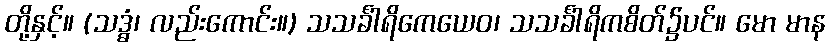
တို့နှင့်။ (သဒ္ဓံ၊ လည်းကောင်း။) သသင်္ခါရိကေယေဝ၊ သသင်္ခါရိကစိတ်၌ပင်။ မော မာန